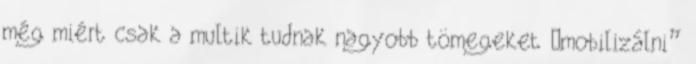
még miért csak a multik tudnak nagyobb tömegeket „mobilizálni”